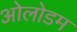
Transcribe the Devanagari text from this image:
ओलोडम